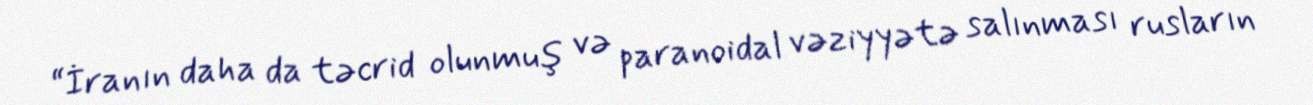
“İranın daha da təcrid olunmuş və paranoidal vəziyyətə salınması rusların